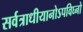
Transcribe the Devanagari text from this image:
सर्वत्राधीयानोऽपविघ्नो